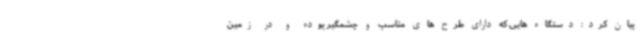
بیان کرد: دستگاه هایی که دارای طرح های مناسب و چشمگیر بوده و در زمین